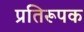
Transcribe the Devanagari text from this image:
प्रतिरूपक